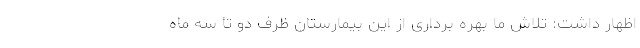
اظهار داشت: تلاش ما بهره برداری از این بیمارستان ظرف دو تا سه ماه